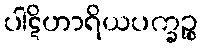
ပါဋိဟာရိယပက္ခဉ္စ